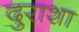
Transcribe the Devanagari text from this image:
दुराशा